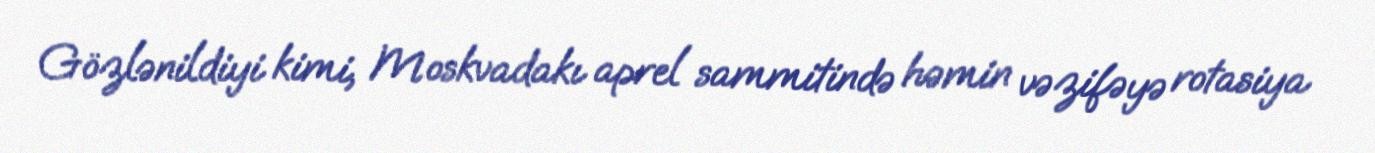
Gözlənildiyi kimi, Moskvadakı aprel sammitində həmin vəzifəyə rotasiya